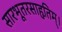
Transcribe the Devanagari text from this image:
सारभूतरसाहृतिम्।